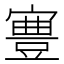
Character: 𡫋